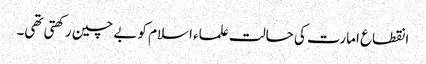
انقطاع امارت کی حالت علماء اسلام کو بے چین رکھتی تھی۔